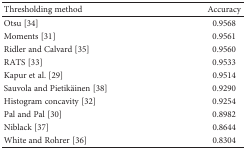
<table><thead><tr><td><b>Thresholding method</b></td><td><b>Accuracy</b></td></tr></thead><tbody><tr><td>Otsu [34]</td><td>0.9568</td></tr><tr><td>Moments [31]</td><td>0.9561</td></tr><tr><td>Ridler and Calvard [35]</td><td>0.9560</td></tr><tr><td>RATS [33]</td><td>0.9533</td></tr><tr><td>Kapur et al. [29]</td><td>0.9514</td></tr><tr><td>Sauvola and Pietikäinen [38]</td><td>0.9290</td></tr><tr><td>Histogram concavity [32]</td><td>0.9254</td></tr><tr><td>Pal and Pal [30]</td><td>0.8982</td></tr><tr><td>Niblack [37]</td><td>0.8644</td></tr><tr><td>White and Rohrer [36]</td><td>0.8304</td></tr></tbody></table>